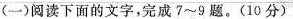
(-)间读下面的文字，完成?-9题。(10分))